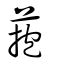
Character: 菢